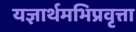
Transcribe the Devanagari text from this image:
यज्ञार्थमभिप्रवृत्ता